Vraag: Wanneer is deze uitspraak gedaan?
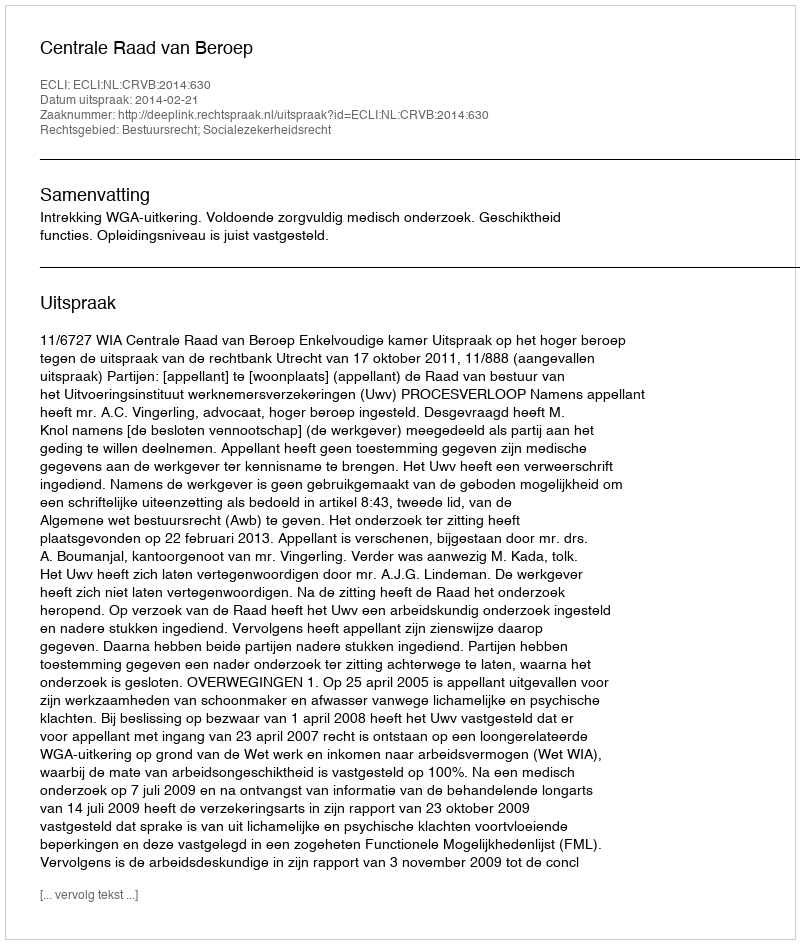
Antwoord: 2014-02-21